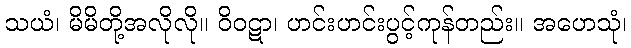
သယံ၊ မိမိတို့အလိုလို။ ဝိဝဋာ၊ ဟင်းဟင်းပွင့်ကုန်တည်း။ အဟေသုံ၊